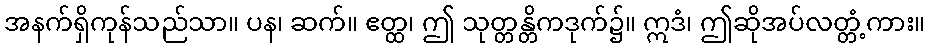
အနက်ရှိကုန်သည်သာ။ ပန၊ ဆက်။ ဧတ္ထ၊ ဤ သုတ္တန္တိကဒုက်၌။ ဣဒံ၊ ဤဆိုအပ်လတ္တံ့ကား။